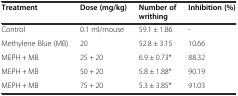
<table><thead><tr><td><b>Treatment</b></td><td><b>Dose (mg/kg)</b></td><td><b>Number of writhing</b></td><td><b>Inhibition (%)</b></td></tr></thead><tbody><tr><td>Control</td><td>0.1 ml/mouse</td><td>59.1 ± 1.86</td><td>-</td></tr><tr><td>Methylene Blue (MB)</td><td>20</td><td>52.8 ± 3.15</td><td>10.66</td></tr><tr><td>MEPH + MB</td><td>25 + 20</td><td>6.9 ± 0.73*</td><td>88.32</td></tr><tr><td>MEPH + MB</td><td>50 + 20</td><td>5.8 ± 1.88*</td><td>90.19</td></tr><tr><td>MEPH + MB</td><td>75 + 20</td><td>5.3 ± 3.85*</td><td>91.03</td></tr></tbody></table>